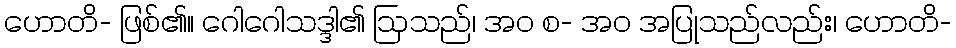
ဟောတိ- ဖြစ်၏။ ဂေါဂေါသဒ္ဒါ၏ ဩသည်၊ အဝ စ- အဝ အပြုသည်လည်း၊ ဟောတိ-